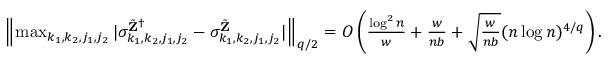
\begin{array} { r } { \left\| \operatorname* { m a x } _ { k _ { 1 } , k _ { 2 } , j _ { 1 } , j _ { 2 } } | \sigma _ { k _ { 1 } , k _ { 2 } , j _ { 1 } , j _ { 2 } } ^ { \tilde { \mathbf Z } ^ { \dagger } } - \sigma _ { k _ { 1 } , k _ { 2 } , j _ { 1 } , j _ { 2 } } ^ { \tilde { \mathbf Z } } | \right\| _ { q / 2 } = O \left( \frac { \log ^ { 2 } n } { w } + \frac { w } { n b } + \sqrt { \frac { w } { n b } } ( n \log n ) ^ { 4 / q } \right) . } \end{array}